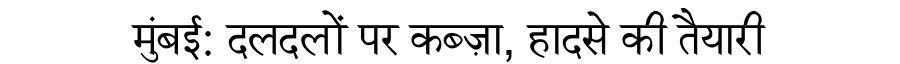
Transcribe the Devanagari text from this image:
मुंबई: दलदलों पर कब्ज़ा, हादसे की तैयारी